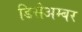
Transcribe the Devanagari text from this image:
डिसेअम्बर